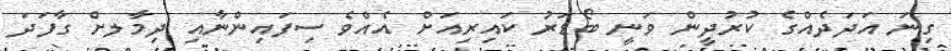
ގިނަ އަދަދެއްގެ ކުރުދީން ވަނީ ބޯޑަރު ކައިރިއަށް އެއްވެ ސިފައިންނާއި ދިމާލށް ގާފަަދަ